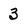
Character: 3